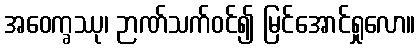
အဝေက္ခဿု၊ ဉာဏ်သက်ဝင်၍ မြင်အောင်ရှုလော။